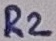
Text: R2